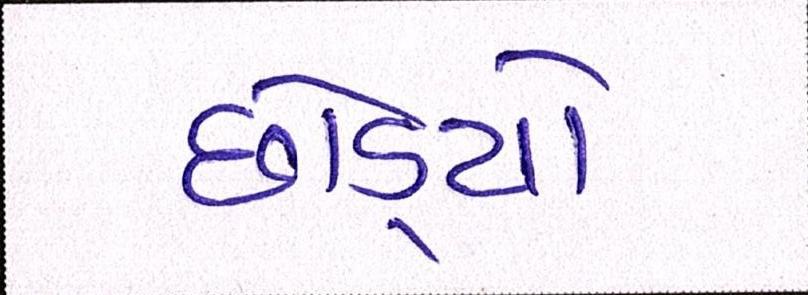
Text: છોડ્યો